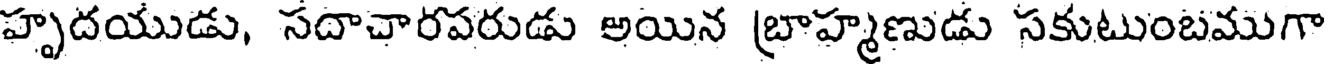
హృదయుడు, సదాచారపరుడు అయిన బ్రాహ్మణుడు సకుటుంబముగా